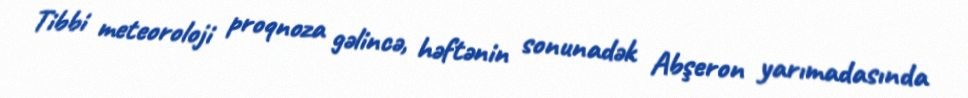
Tibbi meteoroloji proqnoza gəlincə, həftənin sonunadək Abşeron yarımadasında